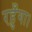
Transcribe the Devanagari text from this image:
रहुँगा।